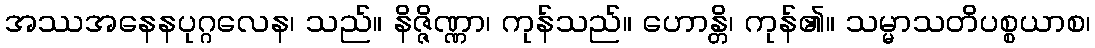
အဿအနေနပုဂ္ဂလေန၊ သည်။ နိဇ္ဇိဏ္ဏာ၊ ကုန်သည်။ ဟောန္တိ၊ ကုန်၏။ သမ္မာသတိပစ္စယာစ၊